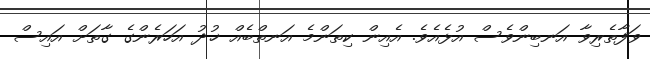
ވަފާތެރިވާ އަނބިންވެސް އުޅެއެވެ. އެއިން ކިތަންމެ އަނތްބެއް ޚުދު އަހަރެންގެ ގާތަށް އައިސް